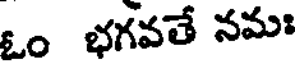
ఓం భగవతే నమః